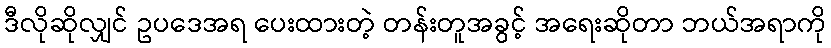
ဒီလိုဆိုလျှင် ဥပဒေအရ ပေးထားတဲ့ တန်းတူအခွင့် အရေးဆိုတာ ဘယ်အရာကို